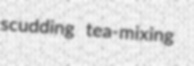
scudding tea-mixing